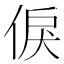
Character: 㑦